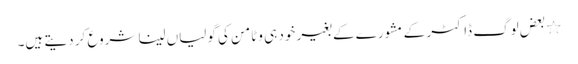
٭بعض لوگ ڈاکٹر کے مشورے کے بغیر خود ہی وٹامن کی گولیاں لینا شروع کر دیتے ہیں۔